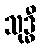
သုဒ္ဓီ